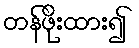
တန်ဖိုးထား၍